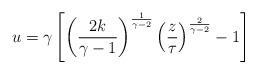
LaTeX: \begin{align*}u=\gamma\left[\left( {{2k}\over{\gamma-1}} \right)^{1\over{\gamma-2}}\left( {z\over\tau} \right)^{2\over{\gamma-2}}-1\right]\end{align*}